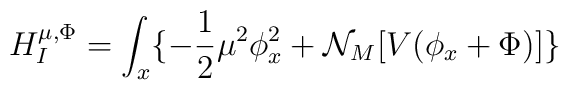
H_I^{\mu,\Phi}=\int_x\{-{\frac {1}{2}}\mu^2 \phi_x^2+{\cal N}_M[V(\phi_x+\Phi)]\}